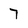
Character: 7